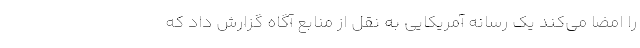
را امضا می‌کند یک رسانه آمریکایی به نقل از منابع آگاه گزارش داد که